Annual report on the Civil Veterinary Department, Burma (including the Insein Veterinary School) - 1923-1931
Year: 1923
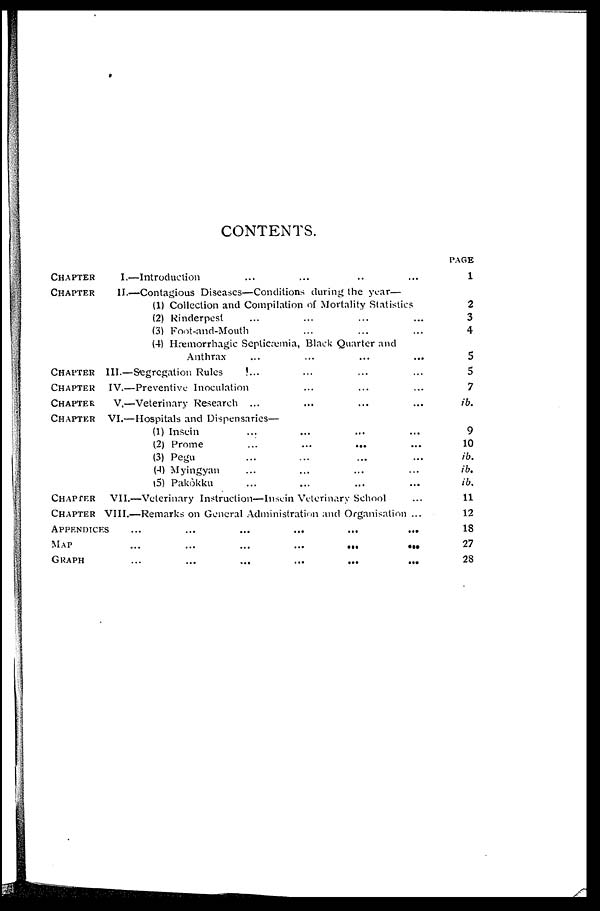
CONTENTS.
CHAPTER
I.—Introduction ... ... .. ...
CHAPTER
II.—Contagious Diseases—Conditions during the year—
(1) Collection and Compilation of Mortality Statistics
(2) Rinderpest ... ... ... ...
(3) Foot-and-Mouth ... ... ...
(4) Hæmorrhagic Septicæmia, Black Quarter and
Anthrax ... ... ... ...
CHAPTER III.—Segregation Rules ... ... ... ...
CHAPTER IV.—Preventive Inoculation ... ... ...
CHAPTER V.—Veterinary Research ... ... ... ...
CHAPTER VI.—Hospitals and Dispensaries—
(1) Insein ... ... ... ...
(2) Prome ... ... ... ...
(3) Pegu ... ... ... ...
(4) Myingyan ... ... ... ...
(5) Pakôkku ... ... ... ...
CHAPTER VII.—Veterinary Instruction—Insein Veterinary School ...
CHAPTER VIII.—Remarks on General Administration and Organisation ...
APPENDICES ...
...
...
...
...
...
MAP
...
...
...
...
...
...
GRAPH
...
...
...
...
...
...
PAGE
1
2
3
4
5
5
7
ib.
9
10
ib.
ib.
ib.
11
12
18
27
28